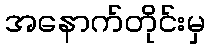
အနောက်တိုင်းမှ